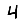
Digit: 4